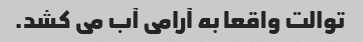
توالت واقعا به آرامی آب می کشد.